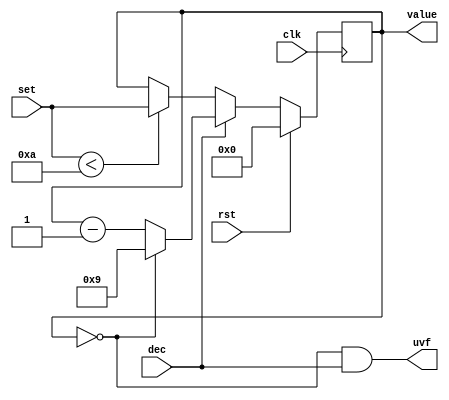
/*
   This file was generated automatically by Alchitry Labs version 1.2.1.
   Do not edit this file directly. Instead edit the original Lucid source.
   This is a temporary file and any changes made to it will be destroyed.
*/

module decimal_counter_16 (
    input clk,
    input rst,
    input dec,
    input [3:0] set,
    output reg uvf,
    output reg [3:0] value
  );
  
  
  
  reg [3:0] M_val_d, M_val_q = 1'h0;
  
  always @* begin
    M_val_d = M_val_q;
    
    if (set < 4'ha) begin
      M_val_d = set;
    end
    value = M_val_q;
    uvf = M_val_q == 1'h0 && dec;
    if (dec) begin
      if (M_val_q == 1'h0) begin
        M_val_d = 4'h9;
      end else begin
        M_val_d = M_val_q - 1'h1;
      end
    end
  end
  
  always @(posedge clk) begin
    if (rst == 1'b1) begin
      M_val_q <= 1'h0;
    end else begin
      M_val_q <= M_val_d;
    end
  end
  
endmodule